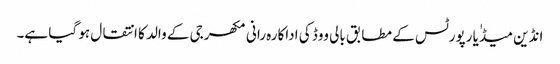
انڈین میڈٰیا رپورٹس کے مطابق بالی ووڈ کی اداکارہ رانی مکھرجی کے والد کا انتقال ہو گیا ہے۔